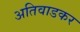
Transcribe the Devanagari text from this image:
अतिवाडकर